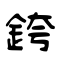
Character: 銙